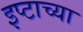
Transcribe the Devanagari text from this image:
इप्टाच्या